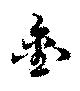
銜